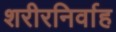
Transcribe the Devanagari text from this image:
शरीरनिर्वाह